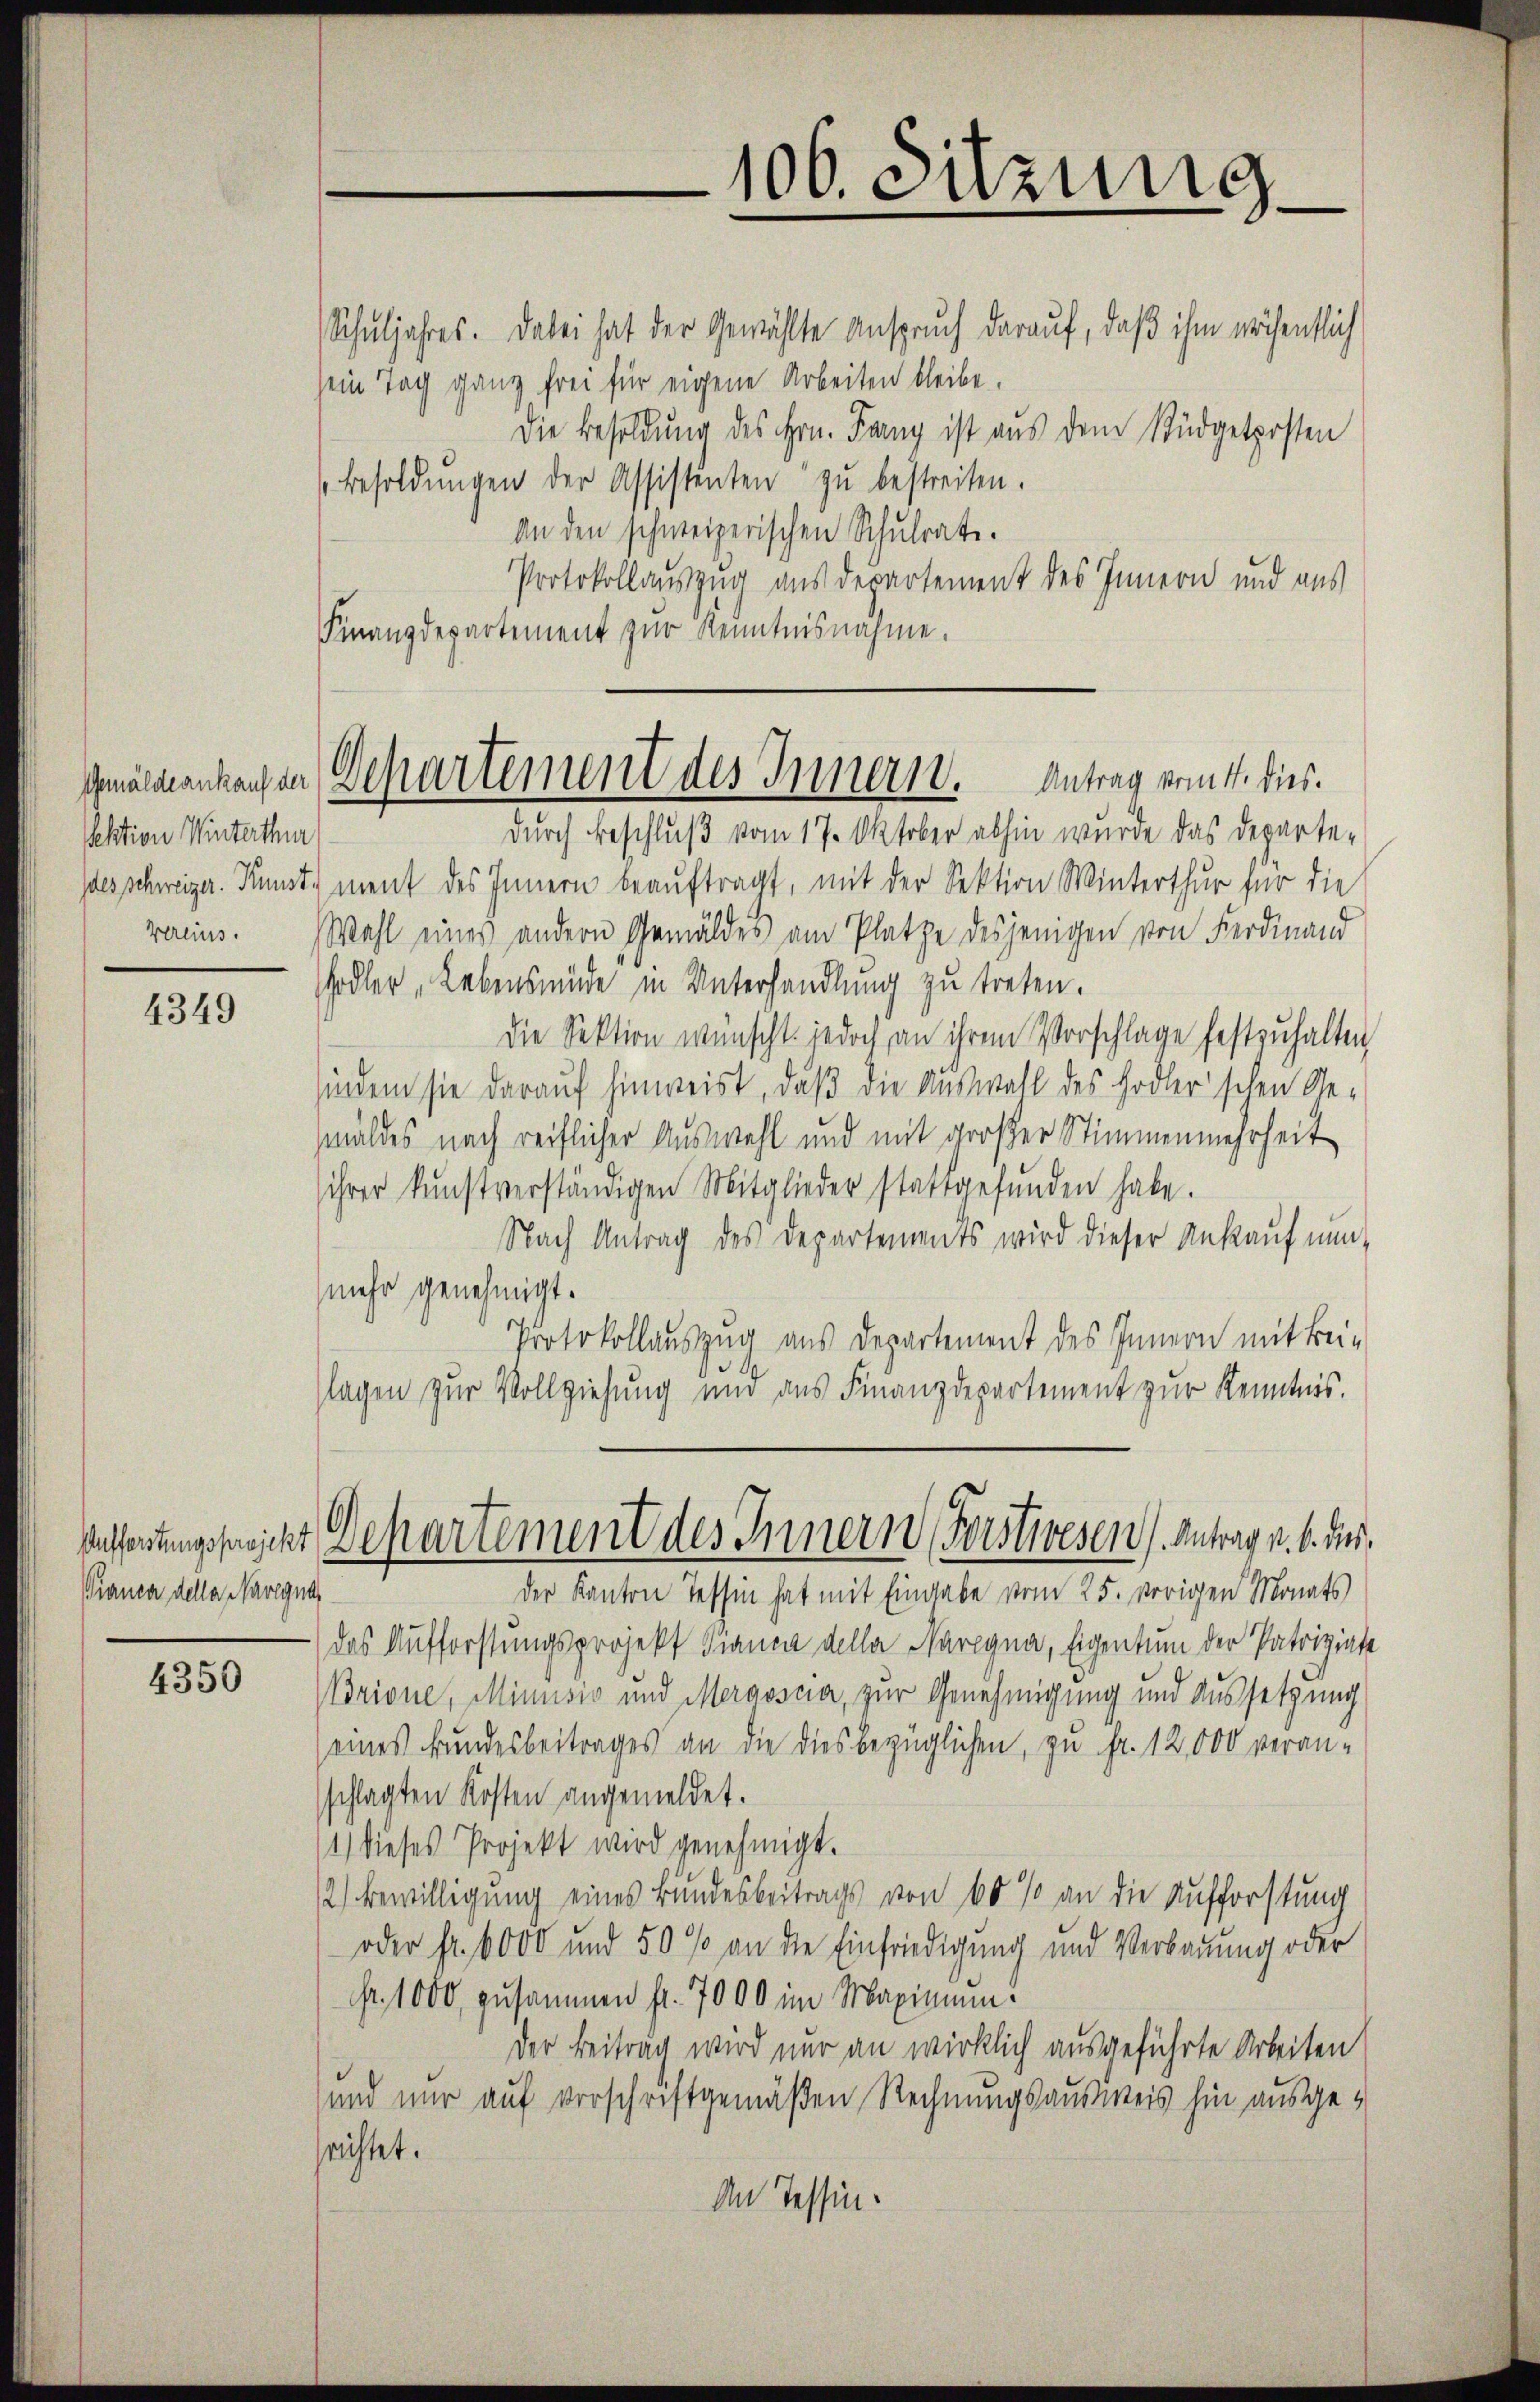
ektion Winterthur
des schweizer. Kunst.
Vereins.

4349

Aufforstungsprojekt
Pianca della Navegna

4350

Schuljahres. Dabei hat der Gewählte Anspruch darauf, daß ihm wöchentlich
sein Tag ganz frei für eigene Arbeiten bleibe.
Die Besoldung des Hrn. Fanny ist aus dem Rüdgetposten
Besoldŭngen der Assistenten zŭ bestreiten.
An den schweizerischen Schulrate.
Protokollauszug aus departement des Innern und aus
Finanzdepartement zur Kenntnisnahme.

106. Sitzung

Gemäldeankaufen Departement des Innern. Antrag vom 4. dies.

durch Beschluß vom 17. Oktober abhin wurde das Departe-
ment des Innern beauftragt, mit der Sektion Winterthur für die
Wahl eines andern Gemäldes am Platze desjenigen von Ferdinand
Hodler Lebensmüde in Unterhandlung zu treten.
die Sektion wünscht. jedoch an ihrem Vorschlage festzuhalten
sindem sie darauf hinweist, daß die Auswahl des Hodler'schen Ge-
mäldes nach reiflicher Auswahl und mit großer Stimmenmehrheit
ihrer kunstverständigen Mitglieder stattgefŭnden habe.
Nach Antrag des Departements wird dieser Ankaŭf nŭn-
(mehr genehmigt.
Protokollauszug aus Departement des Innern mit Beilagen zur Vollziehung und aus Finanzdepartement zur Kenntnis.
Departement des Innern Forstwesen Antrag u. b. un
der Kanton Tessin hat mit Eingabe vom 25. vorigen Monats
das Aufforstungsprojekt Pianca della Maregna, Eigentum der Patriziate
Brione, Minusio und Meraosca, zur Genehmigung und Aussetzung
eines Bundesbeitrages an die dies bezüglichen, zu fr. 12,000 veran-
schlagten Kosten angemeldet.
1) dieses Projekt wird genehmigt.
2.) Bewilligung eines Bundesbeitrags von 60 % an die Aufforstung
oder fr. 6000 und 50 % an die Einfriedigung und Verbauung oder
Fr. 1000 zusammen fr. 7000 im Maximum.
Der Beitrag wird nur an wirklich ausgeführte Arbeiten
und nur auf vorschriftgemäßen Rechnungsausweis hin ausgerichtet.
An Tessin.